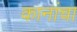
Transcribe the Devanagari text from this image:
कानांचा